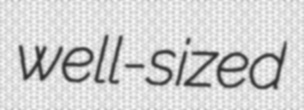
well-sized